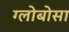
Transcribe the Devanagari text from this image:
ग्लोबोसा